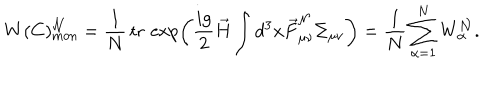
W ( C ) _ { \mathrm { m o n } } ^ { \cal N } = \frac { 1 } { N } { \, } \mathrm { t r } { \, } \exp \left( \frac { i g } { 2 } \vec { H } \int d ^ { 3 } x \vec { F } _ { \mu \nu } ^ { \cal N } \Sigma _ { \mu \nu } \right) = \frac { 1 } { N } \sum _ { \alpha = 1 } ^ { N } W _ { \alpha } ^ { \cal N } .